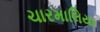
ચારમાલિયા